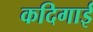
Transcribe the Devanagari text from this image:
कदिगाई